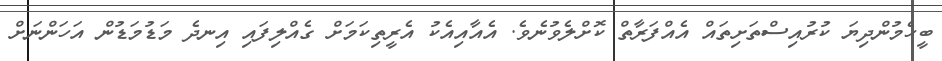
ބީހެމުންދިޔަ ކުރުއިސްތަށިތައް އެއްފަރާތް ކޮށްލެވުނެވެ. އެއާއިއެކު އެރީތިކަމަށް ގެއްލިފައި އިނދެ މަޑުމަޑުން އަހަންނަށް